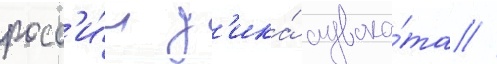
росс'и́и д'ика́ адвока́та //